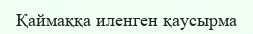
Қаймаққа иленген қаусырма